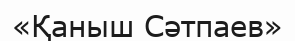
«Қаныш Сәтпаев»